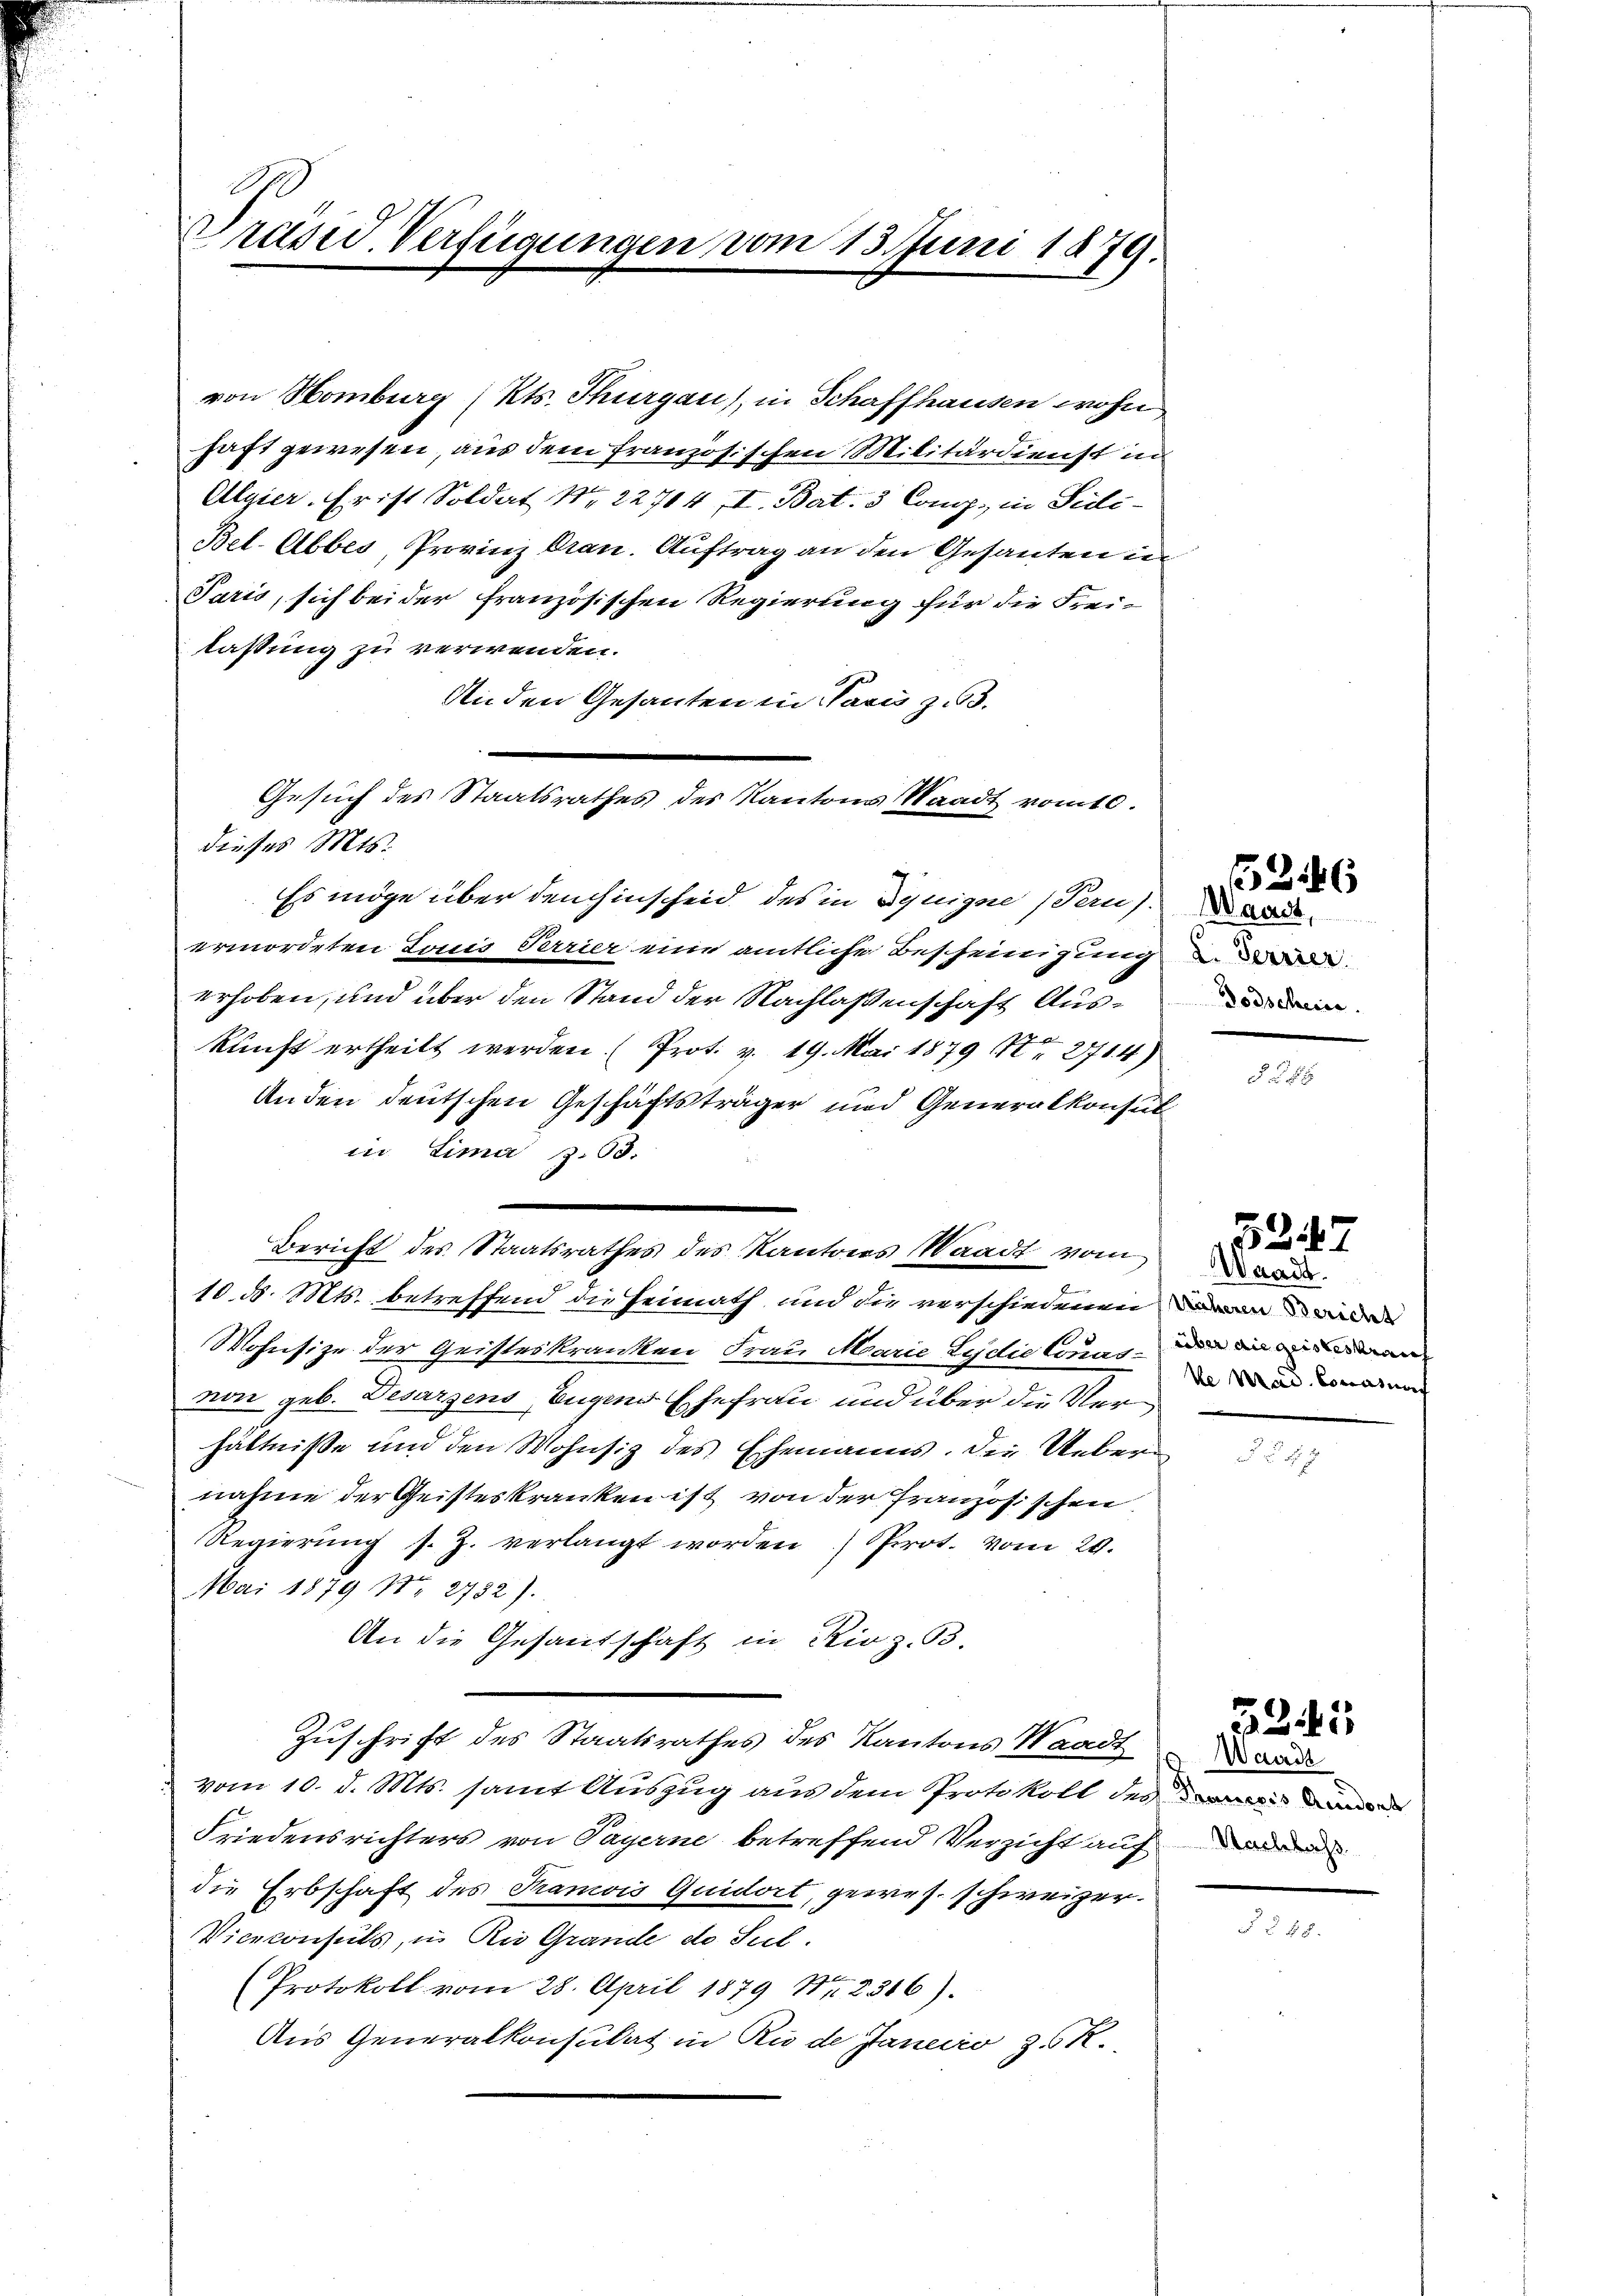
Präsid. Verfügungen vom 13. Juni 1879.

von Homburg (Kts. Thurgau), in Schaffhausen wohn
haft gewesen, aus dem französischen Militärdienst in
Algier. Er ist Soldat Nr. 22704 II. Bat. 3 Congg., in Sidi¬
Bel-Abbes, Provinz dran. Auftrag an den Gesanten in¬
Paris, sich bei der französischen Regierung für die Frei-
lassung zu verwenden.
An den Gesanten in Paris zu 3.
dieses Mts.
Es möge über den hinscheid des in Deuigne (Tern).
ermordeten Louis Verrier eine amtliche Bescheinigung
erhoben, und über den Stand der Nachlassenschaft Auskunft ertheilt werden. (Prot. v. 19. Mai 1879 (17t 271. 4)
Anden deutschen Geschäftsträger und Generalkonsul
in Lima Z. 63.
Bericht des Staatsrathes des Kantons Waadt vom
10. ds. Mts. betreffend die Heimath und die verschiedenen eine
Wohnsize der Geisteskranken Frau Marie Ludie Conar in den
non geb. Desargens Eugen Ehefrau und über die Verhältnisse und den Wohnsiz des Ehemanns. Die Uebernahme der Geisteskranken ist von der Französischen
Regierŭng s. Z. verlangt worden Prot. vom 29.
Mai 1879 No 2752).
An die Gesandschaft in Rioz. B.
Zuschrift des Staatsrathes des Kantons Waadt
vom 10. d. Mts. samt Auszug aus dem Protokoll des
Friedensrichters von Payerne betreffend Verzicht auf
die Erbschaft des Tramois Quidort, gewes. schweizer¬
Viceconsuls, u. Rio Grande de Seel.
2
Protokoll vom 28. April 1879 Nr. 2316).
Aus Generalkonsulat in Rio de Janeiro z. R.

Gesuch des Staatsrathes des Kantons Staadt vom 10.

Waadt,
L. Terrier
Dodschein.

5247
Waadt.
ke Krad. Consung

52

Waadt
Nachlass

5345